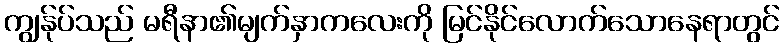
ကျွန်ုပ်သည် မရီနာ၏မျက်နှာကလေးကို မြင်နိုင်လောက်သောနေရာတွင်